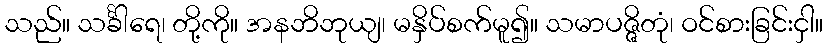
သည်။ သင်္ခါရေ၊ တို့ကို။ အနဘိဘုယျ၊ မနှိပ်စက်မူ၍။ သမာပဇ္ဇိတုံ၊ ဝင်စားခြင်းငှါ။